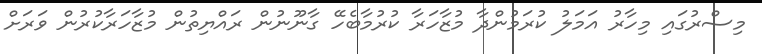
މިސްރުގައި މިހާރު އަމަލު ކުރަމުންދާ މުޒާހަރާ ކުރުމާބެހޭ ގާނޫނުން ރައްޔިތުން މުޒާހަރާކުރުން ވަރަށް